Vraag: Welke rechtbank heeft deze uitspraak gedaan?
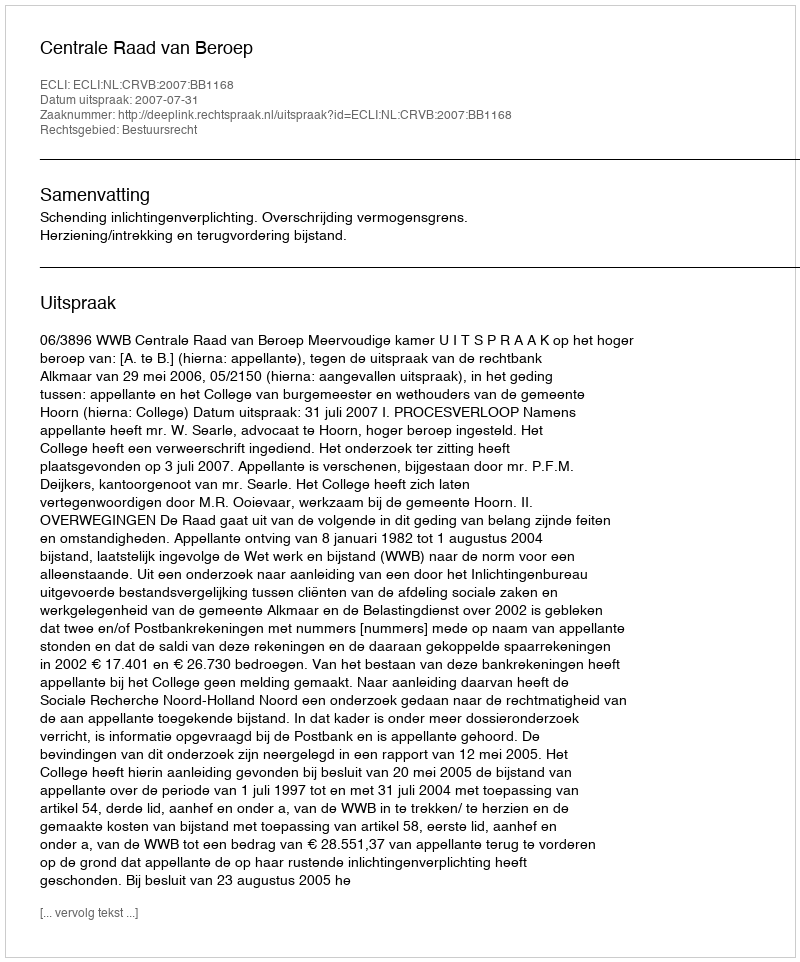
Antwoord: Centrale Raad van Beroep